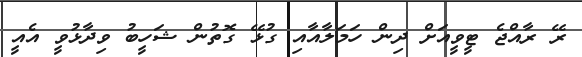
ރޭ ރާއްޖެ ޓީވީއަށް ދިން ހަމަލާއާއި ގުޅޭ ގޮތުން ޝަހީބު ވިދާޅުވީ އެއީ